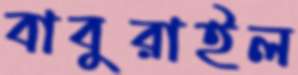
বাবুরাইল